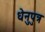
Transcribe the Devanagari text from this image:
धेनुपुत्र